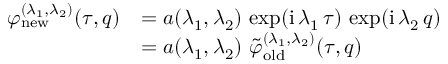
\begin{array} { r l } { \varphi _ { \mathrm { n e w } } ^ { ( \lambda _ { 1 } , \lambda _ { 2 } ) } ( \tau , q ) } & { = a ( \lambda _ { 1 } , \lambda _ { 2 } ) \, \exp ( \mathrm { i } \, \lambda _ { 1 } \, \tau ) \, \exp ( \mathrm { i } \, \lambda _ { 2 } \, q ) } \\ & { = a ( \lambda _ { 1 } , \lambda _ { 2 } ) \ \tilde { \varphi } _ { \mathrm { o l d } } ^ { ( \lambda _ { 1 } , \lambda _ { 2 } ) } ( \tau , q ) } \end{array}